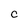
Character: C